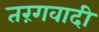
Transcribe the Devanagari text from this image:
तरंगवादी